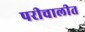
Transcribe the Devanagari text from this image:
परीचालीत